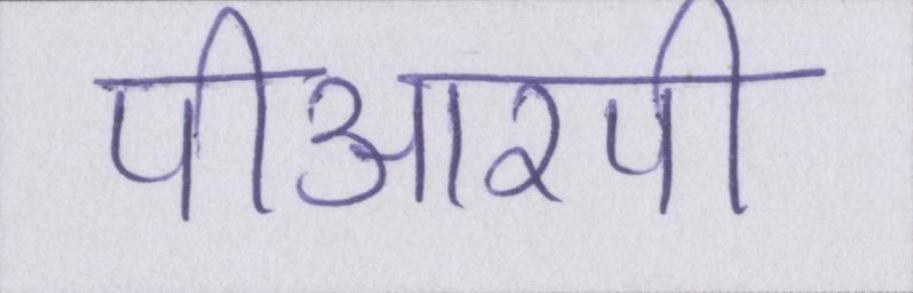
पीआरपी